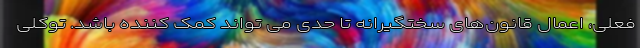
فعلی، اعمال قانون‌های سختگیرانه تا حدی می تواند کمک کننده باشد. توکلی